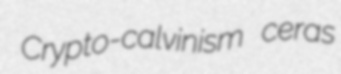
Crypto-calvinism ceras